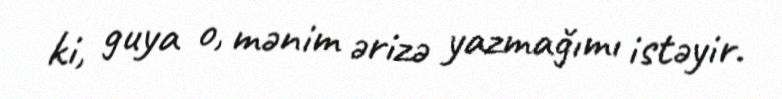
ki, guya o, mənim ərizə yazmağımı istəyir.